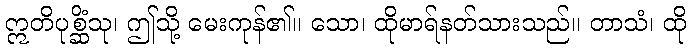
ဣတိပုစ္ဆိံသု၊ ဤသို့ မေးကုန်၏။ သော၊ ထိုမာရ်နတ်သားသည်။ တာသံ၊ ထို